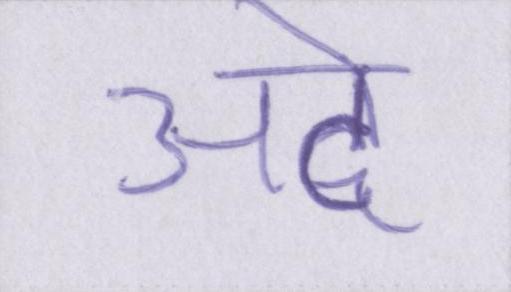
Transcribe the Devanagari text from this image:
अटे